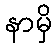
နာမှိ